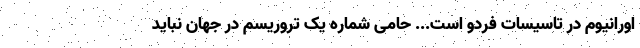
اورانیوم در تاسیسات فردو است... حامی شماره یک تروریسم در جهان نباید